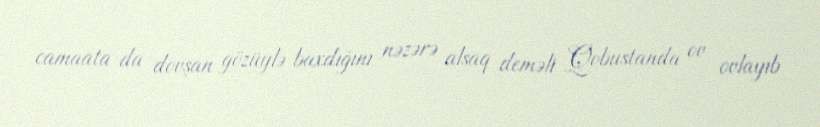
camaata da dovşan gözüylə baxdığını nəzərə alsaq deməli Qobustanda ov ovlayıb